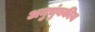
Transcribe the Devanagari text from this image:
अनुचुंबकीय